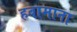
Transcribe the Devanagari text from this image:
हवामाना